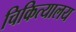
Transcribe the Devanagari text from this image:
चिकित्यालय